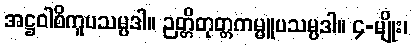
အဋ္ဌဝါစိကူပသမ္ပဒါ။ ဉတ္တိတုတ္တကမ္မူပသမ္ပဒါ။ ၄-မျိုး၊